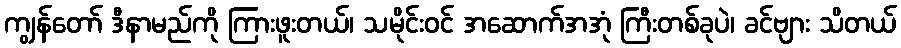
ကျွန်တော် ဒီနာမည်ကို ကြားဖူးတယ်၊ သမိုင်းဝင် အဆောက်အအုံ ကြီးတစ်ခုပဲ၊ ခင်ဗျား သိတယ်